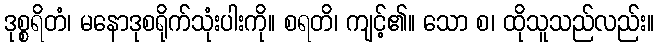
ဒုစ္စရိတံ၊ မနောဒုစရိုက်သုံးပါးကို။ စရတိ၊ ကျင့်၏။ သော စ၊ ထိုသူသည်လည်း။